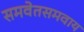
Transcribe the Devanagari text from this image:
समवेतसमवाय